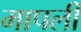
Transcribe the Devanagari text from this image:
मापली